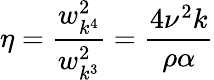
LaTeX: \eta=\frac{w_{k^{4}}^{2}}{w_{k^{3}}^{2}}=\frac{4\nu^{2}k}{\rho\alpha}